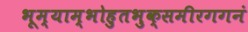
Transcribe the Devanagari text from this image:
भूम्याम्भोहुतभुक्समीरगगनं